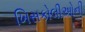
ખિસકોલીઓની